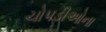
ચોપડીઓના